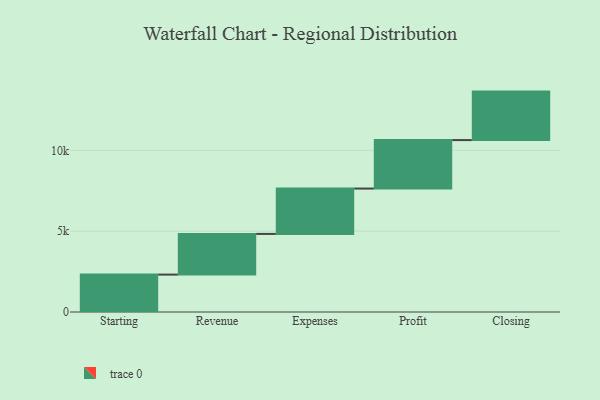
{"axis": {"x": "Step", "y": "Value"}, "legend": [""], "data": [{"x": "Starting", "y": 2314.0, "type": ""}, {"x": "Revenue", "y": 2518.0, "type": ""}, {"x": "Expenses", "y": 2806.0, "type": ""}, {"x": "Profit", "y": 3000, "type": ""}, {"x": "Closing", "y": 3000, "type": ""}]}